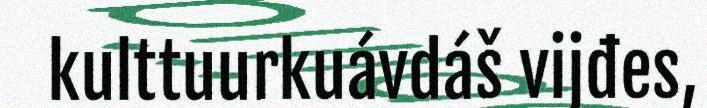
kulttuurkuávdáš vijđes,